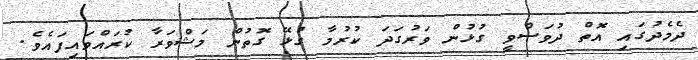
ދެމެދުގައި އޮތް ދުވަސްވީ ގުޅުން ވަރުގަދަ ކުރުމާ ގުޅޭ ގޮތުން މަޝްވަރާ ކުރައްވައިފައެވެ.